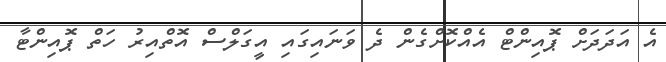
އެ އަދަދަށް ޕޮއިންޓް އެއްކޮށްގެން ދެ ވަނައިގައި އީގަލްސް އޮތްއިރު ހަތް ޕޮއިންޓާ